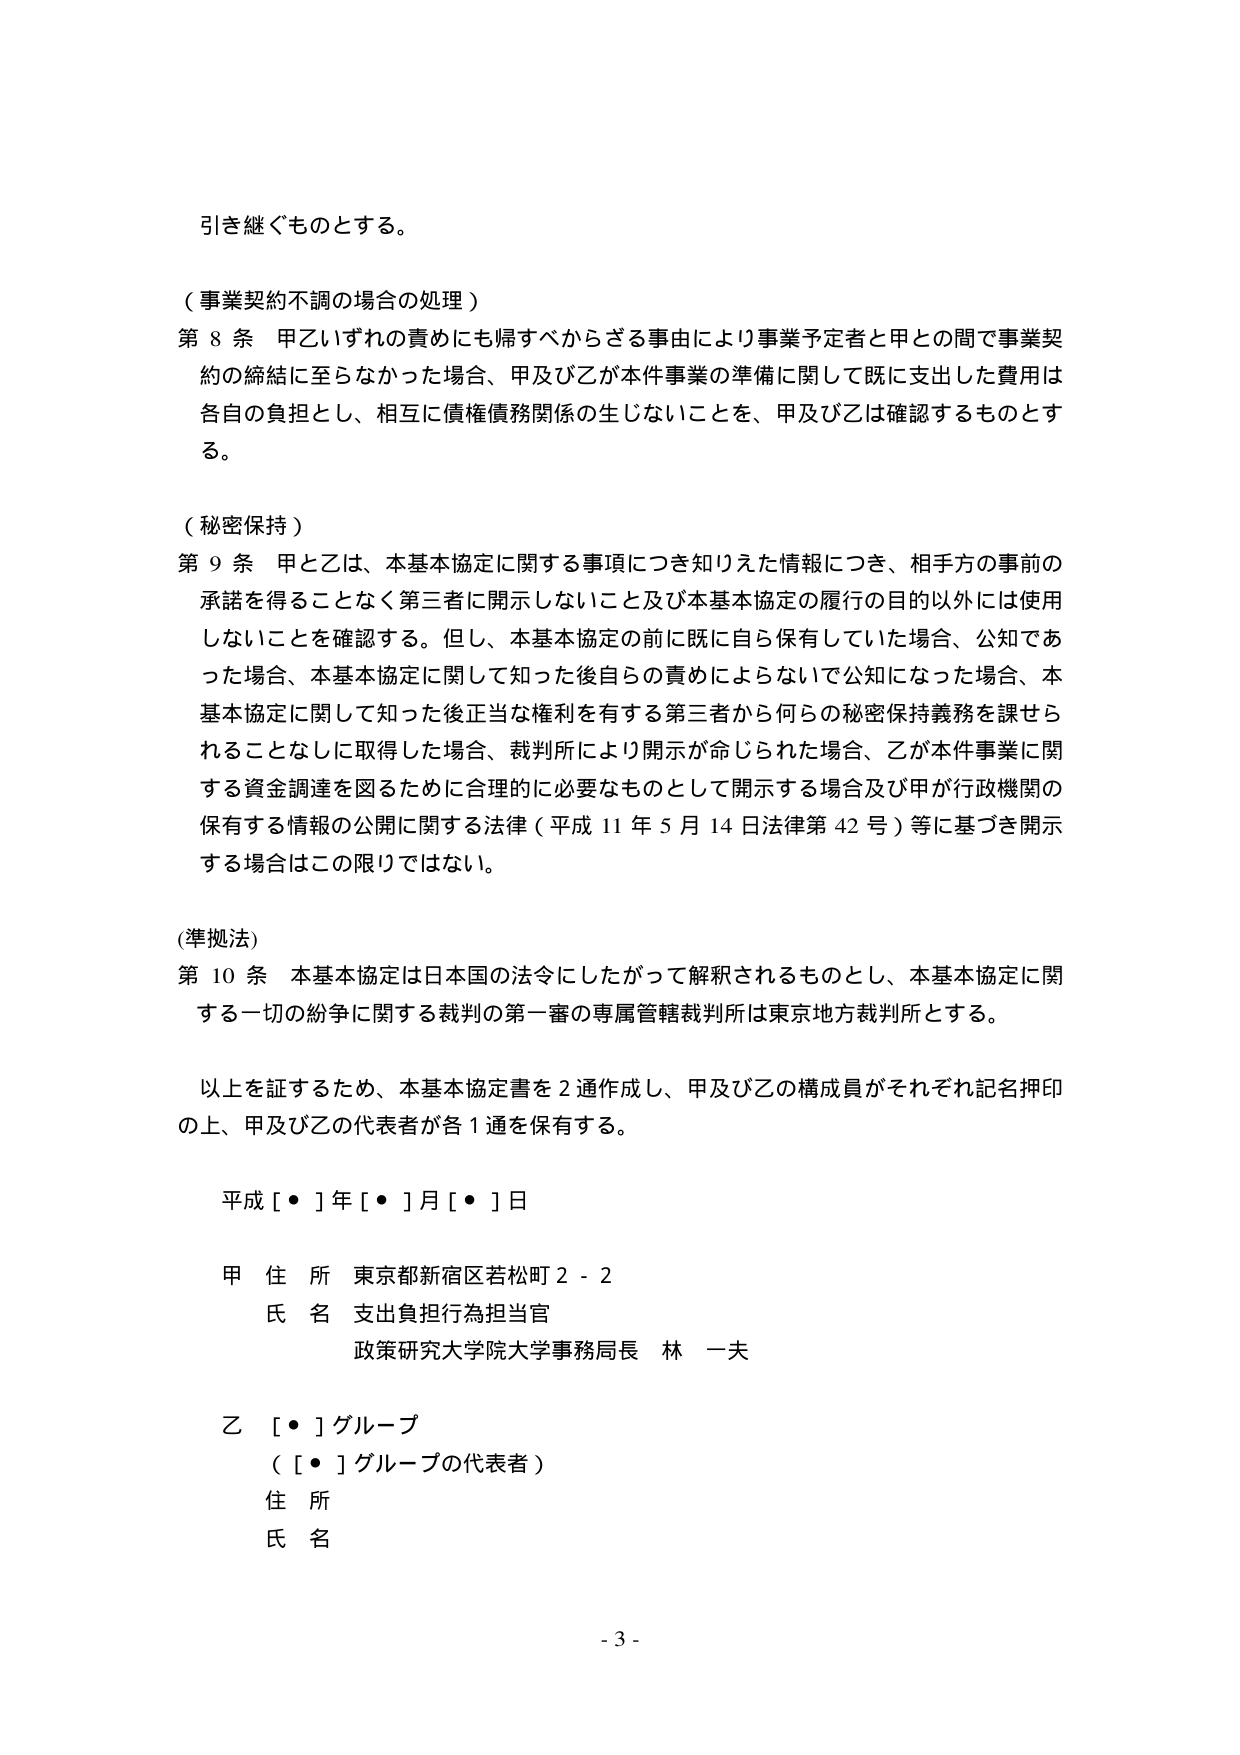
引き継ぐものとする。

（事業契約不調の場合の処理）
第８条 甲乙いずれの責めにも帰すべからざる事由により事業予定者と甲との間で事業契約の締結に至らなかった場合、甲及び乙が本件事業の準備に関して既に支出した費用は各自の負担とし、相互に債権債務関係の生じないことを、甲及び乙は確認するものとする。

（秘密保持）
第９条 甲と乙は、本基本協定に関する事項につき知りえた情報につき、相手方の事前の承諾を得ることなく第三者に開示しないこと及び本基本協定の履行の目的以外には使用しないことを確認する。但し、本基本協定の前に既に自ら保有していた場合、公知であった場合、本基本協定に関して知った後自らの責めによらないで公知になった場合、本基本協定に関して知った後正当な権利を有する第三者から何らの秘密保持義務を課せられることなしに取得した場合、裁判所により開示が命じられた場合、乙が本件事業に関する資金調達を図るために合理的に必要なものとして開示する場合及び甲が行政機関の保有する情報の公開に関する法律（平成11年5月14日法律第42号）等に基づき開示する場合はこの限りではない。

（準拠法）
第10条 本基本協定は日本国の法令にしたがって解釈されるものとし、本基本協定に関する一切の紛争に関する裁判の第一審の専属管轄裁判所は東京地方裁判所とする。

以上を証するため、本基本協定書を2通作成し、甲及び乙の構成員がそれぞれ記名押印の上、甲及び乙の代表者が各1通を保有する。

平成[・]年[・]月[・]日

甲 住所 東京都新宿区若松町2-2
　氏名 支出負担行為担当官
　　　政策研究大学院大学事務局長 林 一夫

乙 [・]グループ
　（[・]グループの代表者）
　住所
　氏名

- 3 -